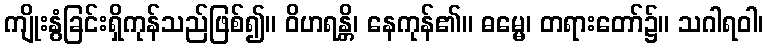
ကျိုးနွံခြင်းရှိကုန်သည်ဖြစ်၍။ ဝိဟရန္တိ၊ နေကုန်၏။ ဓမ္မေ၊ တရားတော်၌။ သဂါရဝါ၊